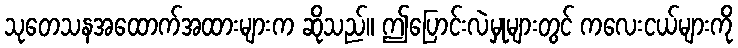
သုတေသနအထောက်အထားများက ဆိုသည်။ ဤပြောင်းလဲမှုများတွင် ကလေးငယ်များကို